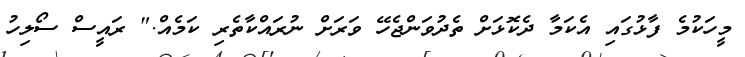
މީހަކުމެ ފާޅުގައި އެކަމާ ދެކޮޅަށް ތެދުވަންޖެހޭ ވަރަށް ނުރައްކާތެރި ކަމެއް." ރައީސް ސޯލިހު